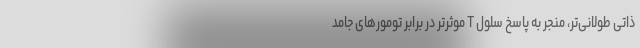
ذاتی طولانی‌تر، منجر به پاسخ سلول T موثرتر در برابر تومورهای جامد